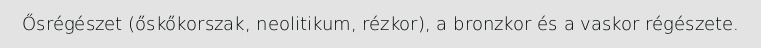
Ősrégészet (őskőkorszak, neolitikum, rézkor), a bronzkor és a vaskor régészete.